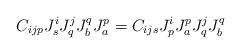
LaTeX: \begin{align*}C_{ijp} J^i_s J^j_q J^q_b J^p_a = C_{ijs} J^i_p J^p_a J^j_q J^q_b\end{align*}